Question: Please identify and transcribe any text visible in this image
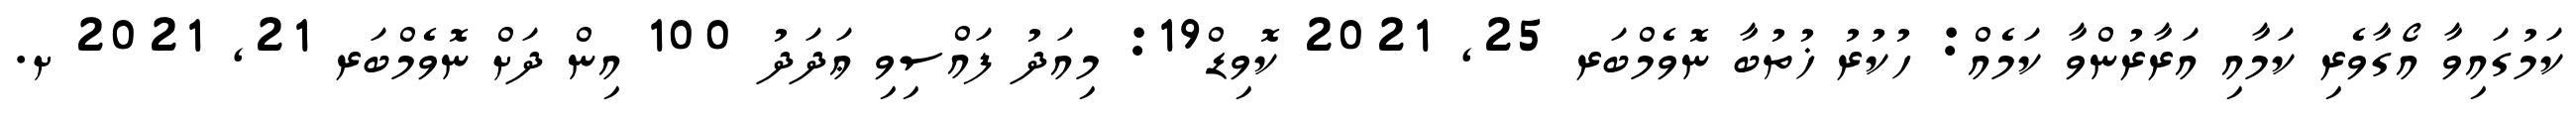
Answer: ކަމުގައިވާ އޯގާވެރި ކަމާއި އަރާރުންވާ ކަމެއް: ހުކުރު ޚުތުބާ ނޮވެމްބަރ 25, 2021 ކޮވިޑް19: މިއަދު ފައްސިވި ޢަދަދު 100 އިން ދަށް ނޮވެމްބަރ 21, 2021 ށ.